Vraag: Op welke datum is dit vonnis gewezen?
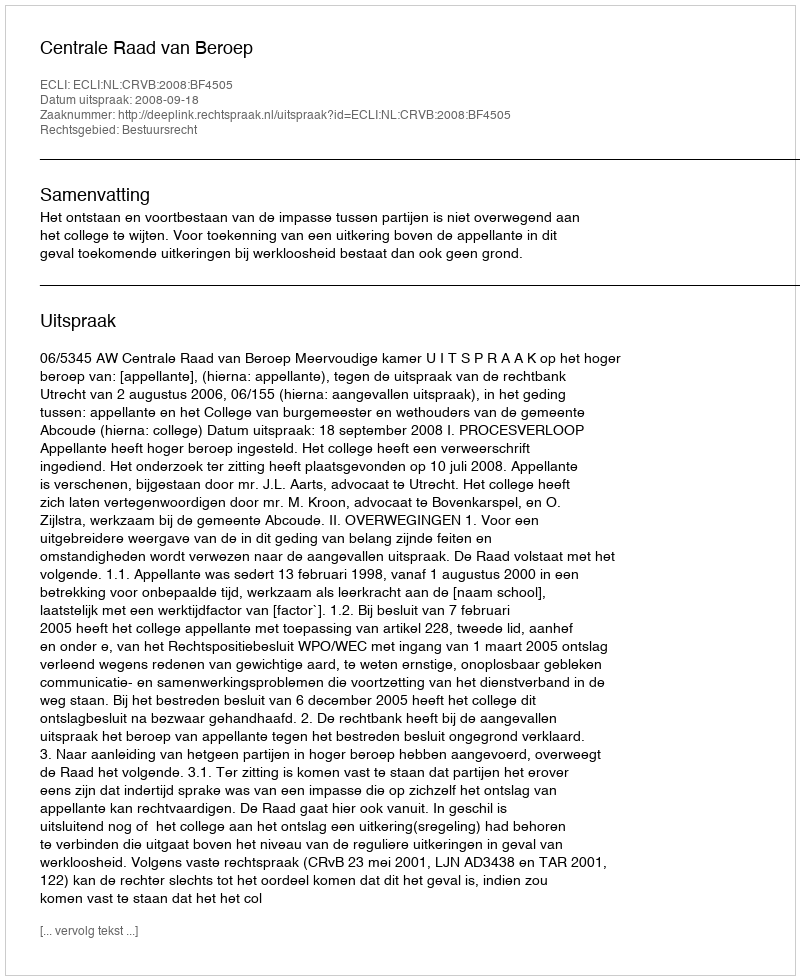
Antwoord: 2008-09-18